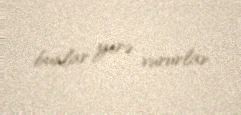
bunlar yerə vururlar.